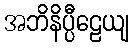
အဘိနိပ္ပီဠေယျ